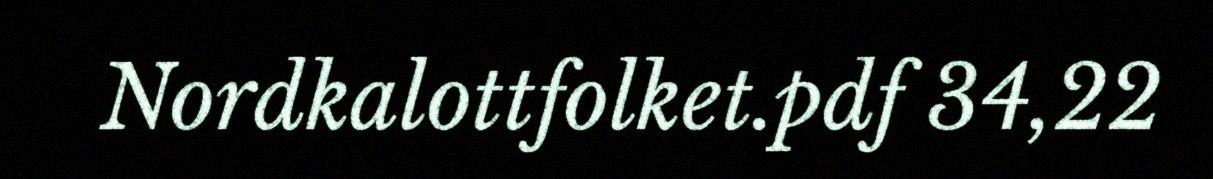
Nordkalottfolket.pdf 34,22